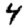
Digit: 4